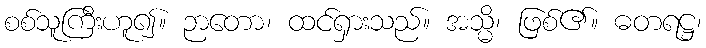
စစ်သူကြီးဟူ၍။ ဉာတော၊ ထင်ရှားသည်။ အသ္မိ၊ ဖြစ်၏။ ဓတရဋ္ဌ၊